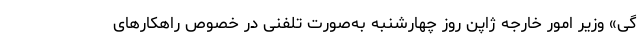
گی» وزیر امور خارجه ژاپن روز چهارشنبه به‌صورت تلفنی در خصوص راهکارهای